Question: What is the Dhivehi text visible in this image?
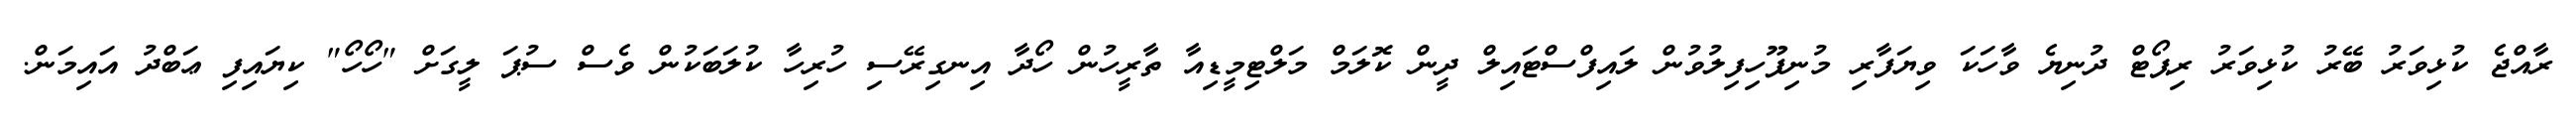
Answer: ރާއްޖެ ކުޅިވަރު ބޭރު ކުޅިވަރު ރިޕޯޓް ދުނިޔެ ވާހަކަ ވިޔަފާރި މުނިފޫހިފިލުވުން ލައިފްސްޓައިލް ދީން ކޮލަމް މަލްޓިމީޑިއާ ތާރީހުން ހޯދާ އިނގިރޭސި ހުރިހާ ކުލަބަކުން ވެސް ސުޕަ ލީގަށް "ހޯހޯ" ކިޔައިފި ޢަބްދު އައިމަން.